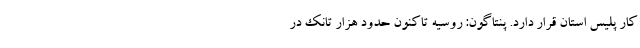
کار پلیس استان قرار دارد. پنتاگون: روسیه تاکنون حدود هزار تانک در